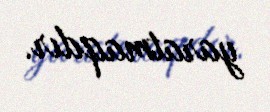
yaratmaqdır.